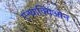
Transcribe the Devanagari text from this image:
एन्थ्राक्विओन